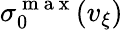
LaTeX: \sigma_{0}^{\mathrm{~m~a~x~}}(v_{\xi})